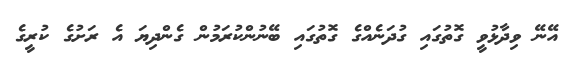
އޭނޭ ވިދާޅުވީ ގޮތުގައި ގުދަނެއްގެ ގޮތުގައި ބޭނުންކުރަމުން ގެންދިޔަ އެ ރަށުގެ ކުރީގެ